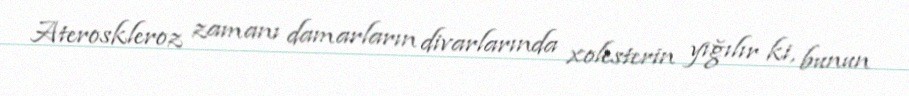
Ateroskleroz zamanı damarların divarlarında xolesterin yığılır ki, bunun